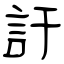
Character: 訐